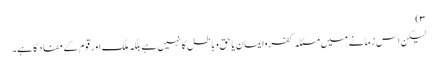
۳)
لیکن اس زمانے میں مسئلہ کفروایمان یا حق وباطل کا نہیں ہے بلکہ ملک اور قوم کے مفاد کا ہے۔